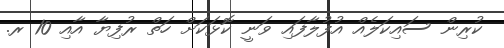
ކުރިން ސައިކަލެއް އުފުލާފައި ވަނީ ކޮޅަކަށް ހަތް ރުފިޔާ އާއި 10 ރ.